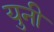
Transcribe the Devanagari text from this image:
युनी